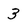
Character: 3